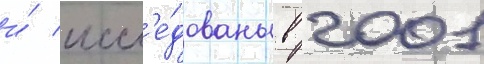
и́ иссл'е́дованы в 2001